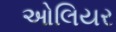
ઓલિયર